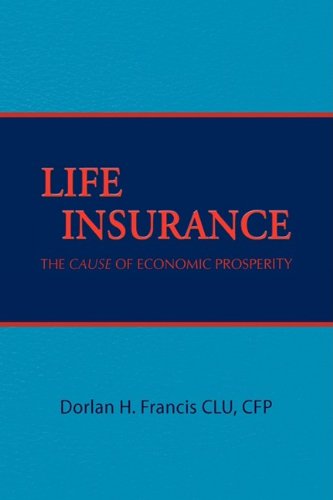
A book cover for Life Insurance; Dorlan H. Francis; Business & Money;